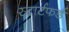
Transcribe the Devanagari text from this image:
स्टार्टफर्ड